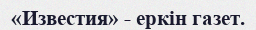
«Известия» - еркін газет.